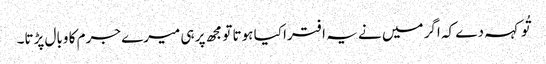
تُو کہہ دے کہ اگر میں نے یہ افترا کیا ہوتا تو مجھ پر ہی میرے جرم کا وبال پڑتا۔